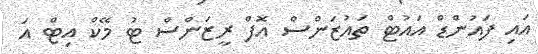
އައި ފައުންޑް އައުޓް ތައުޒަންސް އޮފް ރީޒަންސް ޓު މޭކް އިޓް އަ